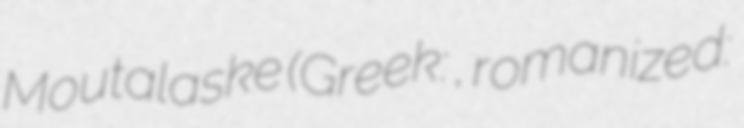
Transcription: Moutalaske (Greek: Μουταλάσκη, romanized: